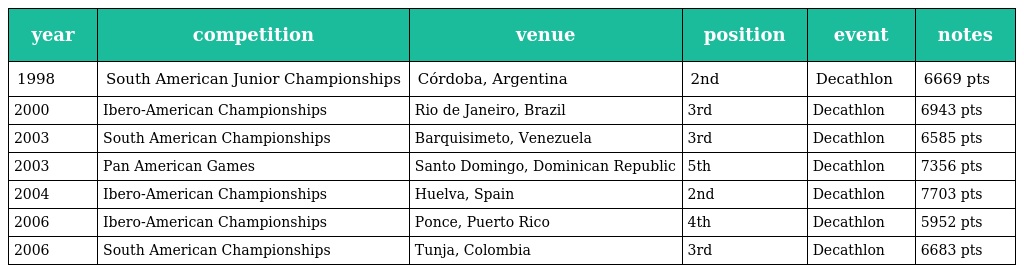
| year | competition | venue | position | event | notes |
 | --- | --- | --- | --- | --- | --- |
 | 1998 | South American Junior Championships | Córdoba, Argentina | 2nd | Decathlon | 6669 pts |
 | 2000 | Ibero-American Championships | Rio de Janeiro, Brazil | 3rd | Decathlon | 6943 pts |
 | 2003 | South American Championships | Barquisimeto, Venezuela | 3rd | Decathlon | 6585 pts |
 | 2003 | Pan American Games | Santo Domingo, Dominican Republic | 5th | Decathlon | 7356 pts |
 | 2004 | Ibero-American Championships | Huelva, Spain | 2nd | Decathlon | 7703 pts |
 | 2006 | Ibero-American Championships | Ponce, Puerto Rico | 4th | Decathlon | 5952 pts |
 | 2006 | South American Championships | Tunja, Colombia | 3rd | Decathlon | 6683 pts |